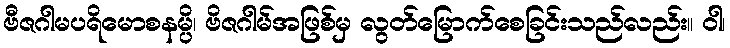
ဗီဇဂါမပရိမောစနမ္ပိ၊ ဗိဇဂါမ်အဖြစ်မှ လွတ်မြောက်စေခြင်းသည်လည်း။ ဝါ၊